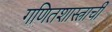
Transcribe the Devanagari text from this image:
गणितशास्त्राची